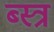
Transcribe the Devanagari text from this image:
ब्स्त्र